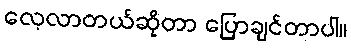
လေ့လာတယ်ဆိုတာ ပြောချင်တာပါ။